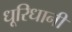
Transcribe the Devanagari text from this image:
धूरिधानी